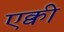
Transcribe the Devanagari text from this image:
एक्वी